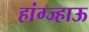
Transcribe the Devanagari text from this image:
हांग्ज्हाऊ